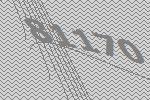
81170